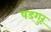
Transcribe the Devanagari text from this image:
षड्गुरू